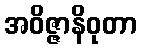
အဝိဇ္ဇာနိဝုတာ